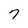
Character: 7